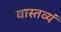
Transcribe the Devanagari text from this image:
वास्तव्यं